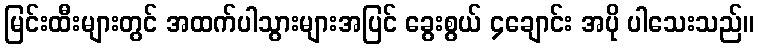
မြင်းထီးများတွင် အထက်ပါသွားများအပြင် ခွေးစွယ် ၄ချောင်း အပို ပါသေးသည်။